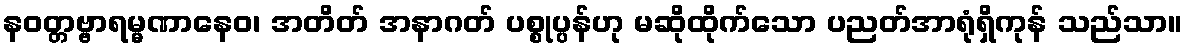
နဝတ္တဗ္ဗာရမ္မဏာနေဝ၊ အတိတ် အနာဂတ် ပစ္စုပ္ပန်ဟု မဆိုထိုက်သော ပညတ်အာရုံရှိကုန် သည်သာ။